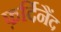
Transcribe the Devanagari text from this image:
फ़र्दिनैंद